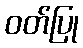
ဝတ်ပြု